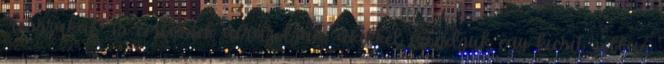
“rosszakat” is embernek ábrázolják, akikkel mondjuk egy kicsit jobban